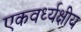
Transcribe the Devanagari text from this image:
एकवर्ध्यक्षीय